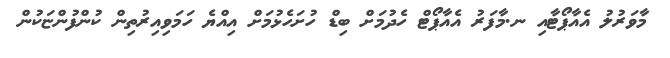
މާވަރުލު އެއާޕޯޓާއި ނ.މާފަރު އެއާޕޯޓް ހެދުމަށް ބިޑް ހުށަހެޅުމަށް އިއްޔެ ހަމަވިއިރުތިން ކުންފުންޏަކުން